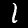
Label: 1